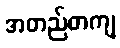
အတည်တကျ